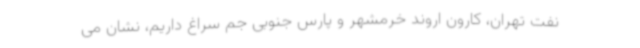
نفت تهران، کارون اروند خرمشهر و پارس جنوبی جم سراغ داریم، نشان می